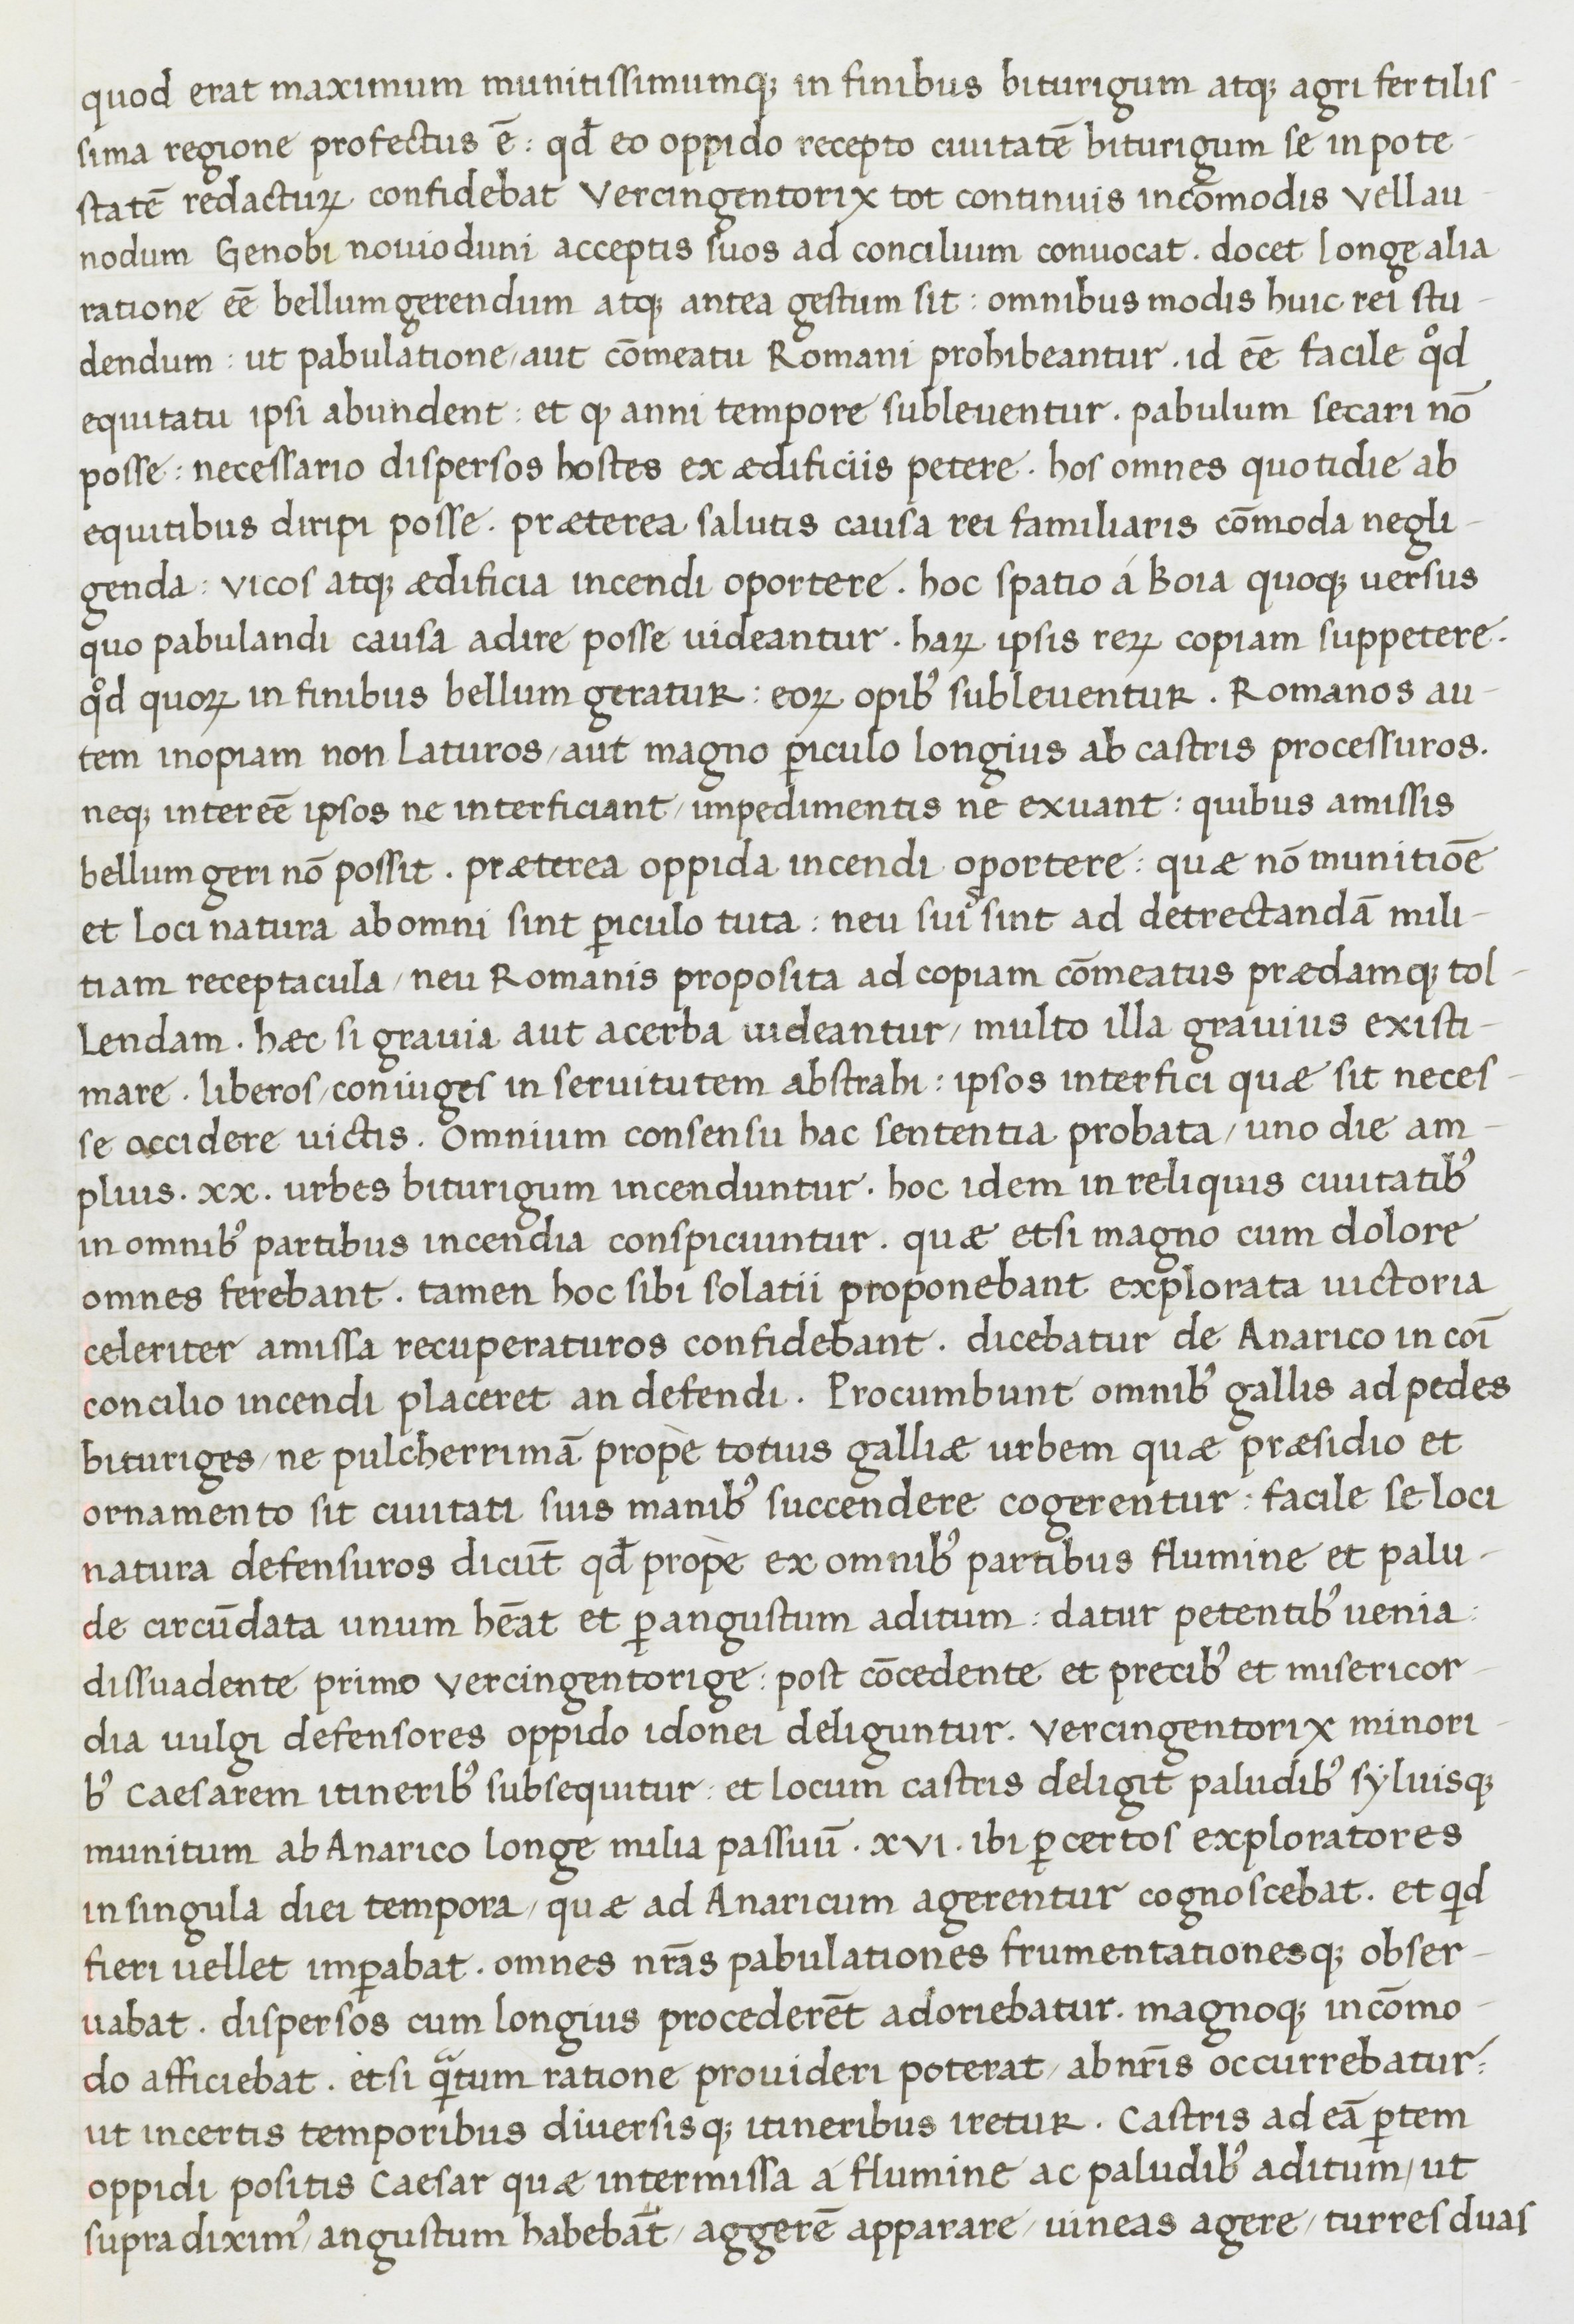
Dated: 1400–1499